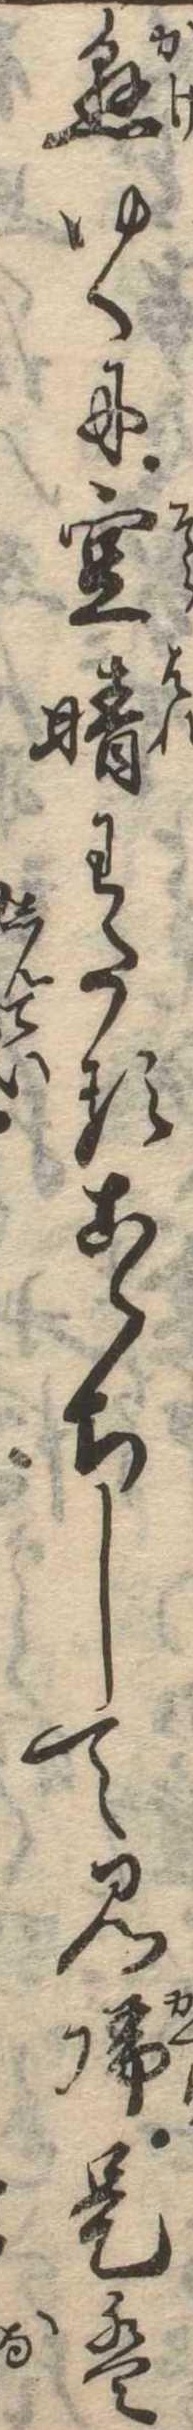
懸ゆくに空晴わたるこゝちして見帰是は